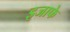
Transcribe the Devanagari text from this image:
इजाफे